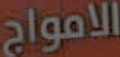
الامواج